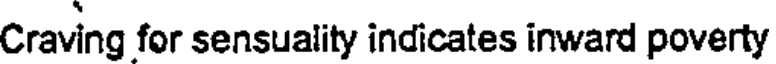
Craving for sensuality indicates inward poverty